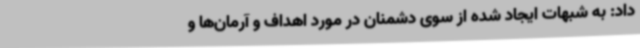
داد: به شبهات ایجاد شده از سوی دشمنان در مورد اهداف و آرمان‌ها و